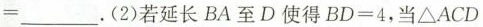
=_。(2)若延长BA至D使得 $$B D = 4$$，当ΔACD